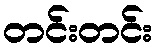
တင်းတင်း